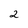
Character: 2